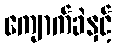
ကျောက်ခဲနှင့်